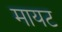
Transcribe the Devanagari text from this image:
मायट